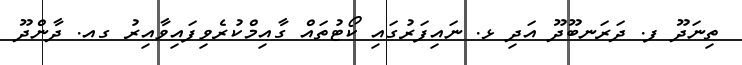
ތިނަދޫ ފ. ދަރަނބޫދޫ އަދި ޅ. ނައިފަރުގައި ކޯޓުތައް ގާއިމްކުރެވިފައިވާއިރު ގއ. ދާންދޫ